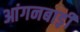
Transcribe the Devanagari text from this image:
आंगनबाड़़ी